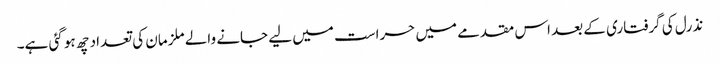
نذرل کی گرفتاری کے بعد اس مقدمے میں حراست میں لیے جانے والے ملزمان کی تعداد چھ ہو گئی ہے۔